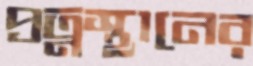
প্রত্নস্থানের